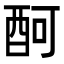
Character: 酠